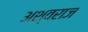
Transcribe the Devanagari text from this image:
अश्वराज